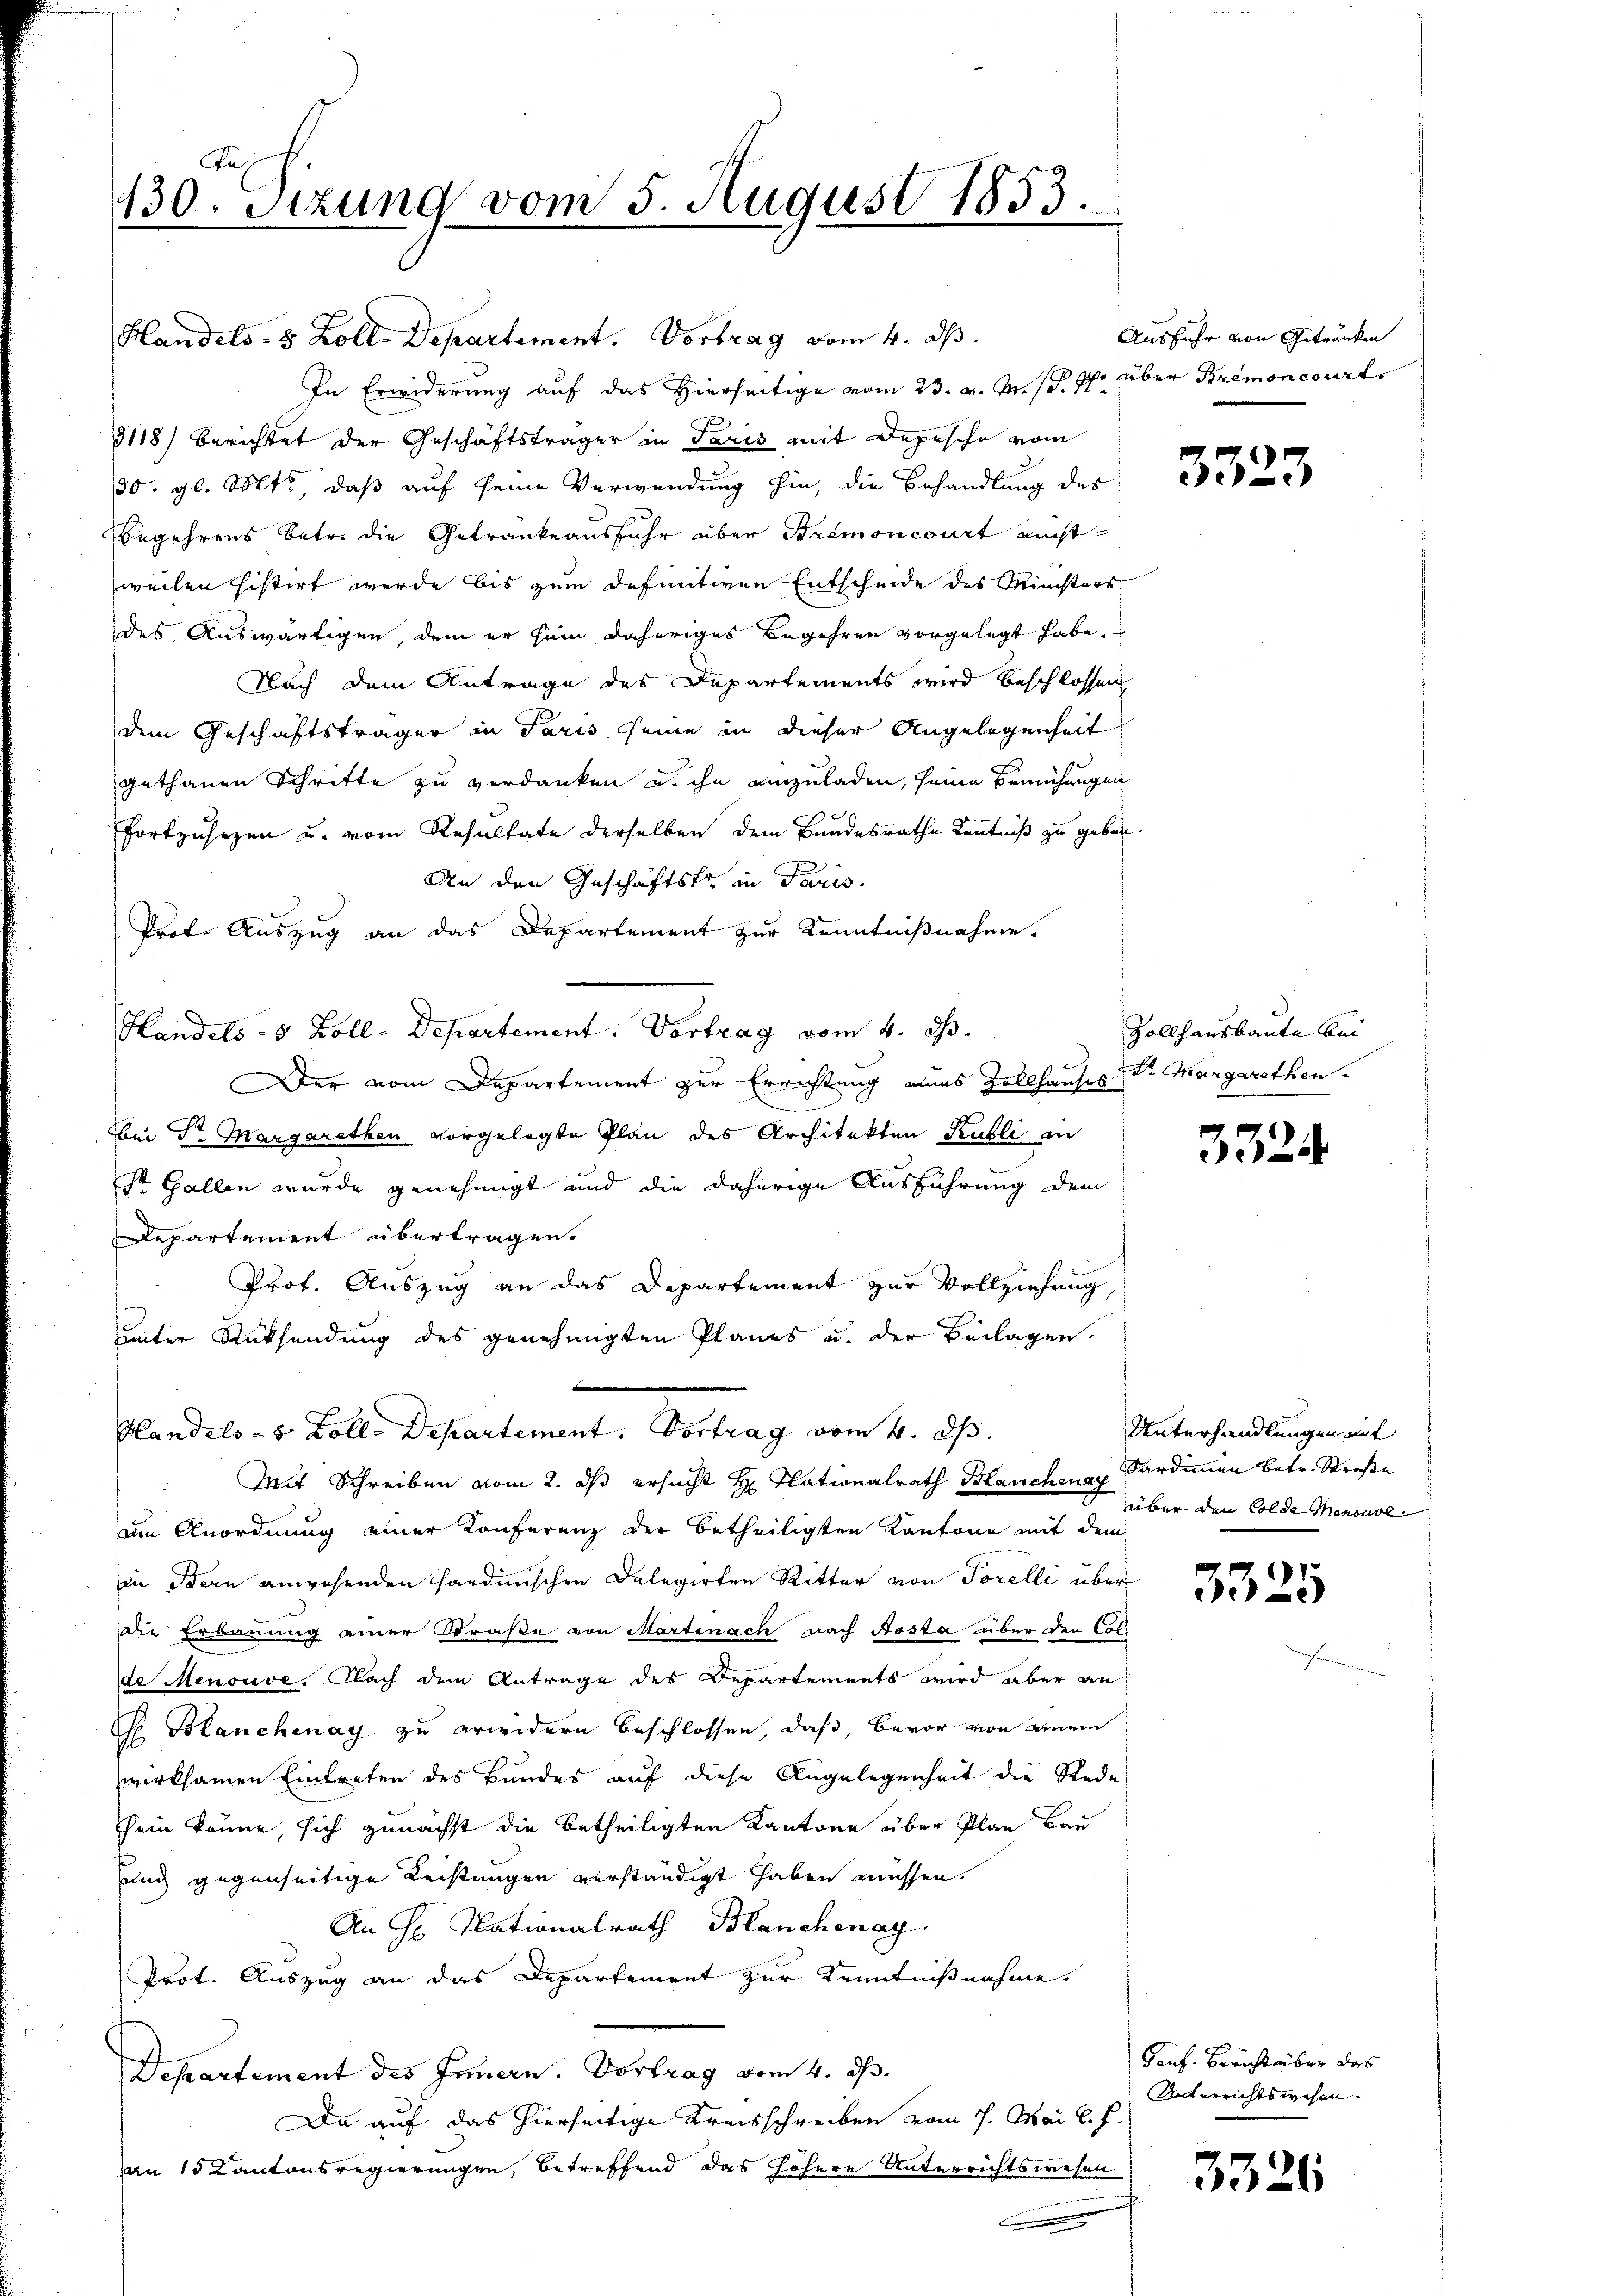
as
130. Sitzung vom 5. August 1853.

Handels- 8 Zoll-Departement. Vortrag vom 4. ds.
In Erwiderung auf das Hierseitige vom 23. v. M. s. 4 über Bremoncourt
3118) berichtet der Geschäftsträger in Paris mit Depesche vom
30. gl. Mts., daß auf seine Verwendung hin, die Behandlung des
Begehrens betr. die Getranke ausfuhr über Strimoncourt nicht
weilen histirt werde bis zum definitiven Entscheide des Ministers
des Auswärtigen dem er sein daheriges Begehren vorgelegt habe.
Nach dem Antrage des Departements wird beschlossen
dem Geschäftsträger in Paris seine in dieser Angelegenheit
gethanen Schritte zu verdanken u. ihn einzuladen, seine Bemühungen
fortzusezen u. vom Resultate derselben dem Bundesrathe Kenntniß zu geben.
An den Geschäftsfr. in Paris.
Prot. Auszug an das Departement zur Kenntnißnahme.
Handels- 8 Zoll-Departement. Vortrag vom 4. d.
er vom Departement zur Errichtung eines Zollhauses Dr. Margarethen
bei Sr. Margarethen vorgelegte Plan des Architekten Publi an
st Gallen wurde genehmigt und die daherige Ausführung dem
Departement übertragen.
Prof. Auszug an das Departement zur Vollziehung,
unter Rücksendung des genehmigten Planes u. der Beilagen.
Hlandels- v. Boll. Departement. Vortrag vom 4. ds.
Mit Schreiben vom 2. ds ersucht H. Nationalrath Blanchenay
um Anordnung einer Konferenz der betheiligten Kantone mit dem
in Bern anwesenden Hardinischen Delegirten Ritter von Torelli über
die Erbauung einer Straße von Martinach nach Aosta über den Colde Menouve. Nach dem Antrage des Departements wird aber an¬
 Manchenay zu erweidern beschlossen, daß, bevor von einem
wirksamen Eintreten des Bundes auf diese Angelegenheit die Rede
sein könne, sich zunächst die betheiligten Kantone über Plan Bau
unch gegenseitige Leistungen verständigt haben müssen.
An H. Nationalrath Blanchenay
Prot. Auszug an das Departement zur Kenntnißnahme.
Departement des Innern. Vortrag vom 4. ds.
Da auf das hierseitige Kreisschreiben vom 1. Mai l. f.
an 15 Kantonsregierungen, betreffend das höhere Unterrichtswesen

Ausfuhr von Getränken

3323

Zollhausbaute bei

3324

Unterhandlungen auf
Sardimmen betr. Straße
über den Golde Menoudl

3325

Gonf. Bericht über das
Unterrichtswesen.

3326